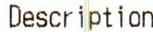
DESCRIPTION